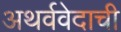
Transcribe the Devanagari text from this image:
अथर्ववेदाची